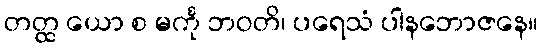
တတ္ထ ယော စ မင်္ကု ဘဝတိ၊ ပရေသံ ပါနဘောဇနေ။